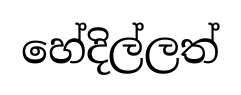
හේදිල්ලත්